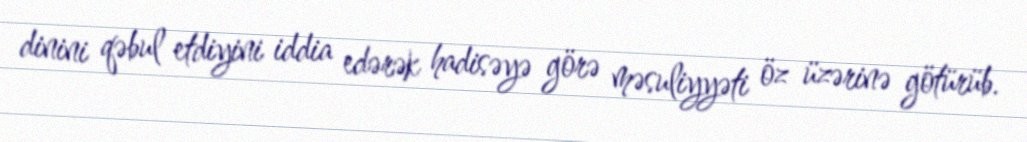
dinini qəbul etdiyini iddia edərək hadisəyə görə məsuliyyəti öz üzərinə götürüb.